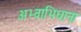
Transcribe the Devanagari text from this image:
अभ्वाभिधाना